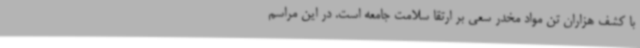
با کشف هزاران تن مواد مخدر سعی بر ارتقا سلامت جامعه است. در این مراسم